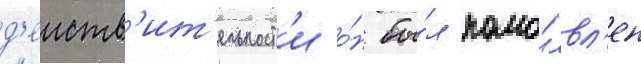
д'еиств'ит'ельност'и о́н бы́л помо́лвл'ен